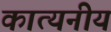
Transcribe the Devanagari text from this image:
कात्यनीय